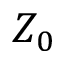
Z _ { 0 }